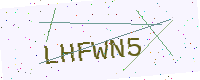
Text: LHFWN5